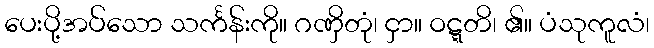
ပေးပို့အပ်သော သင်္ကန်းကို။ ဂဏှိတုံ၊ ငှာ။ ဝဋ္ဋတိ၊ ၏။ ပံသုကူလံ၊